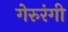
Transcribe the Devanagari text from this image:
गेरुरंगी